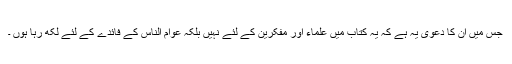
جس میں ان کا دعوی یہ ہے کہ یہ کتاب میں علماء اور مفکرین کے لئے نہیں بلکہ عوام الناس کے فائدے کے لئے لکھ رہا ہوں ۔